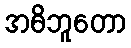
အဓိဘူတော